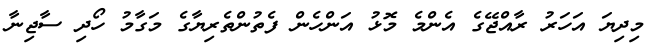
މިދިޔަ އަހަރު ރާއްޖޭގެ އެންމެ މޮޅު އަންހެން ފެތުންތެރިޔާގެ މަގާމު ހޯދި ސާޖިނާ